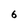
Character: 6